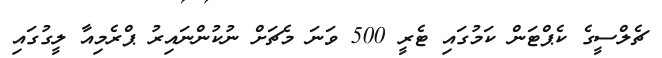
ޗެލްސީގެ ކެޕްޓަން ކަމުގައި ޓެރީ 500 ވަނަ މެޗަށް ނުކުންނައިރު ޕްރެމިއާ ލީގުގައި